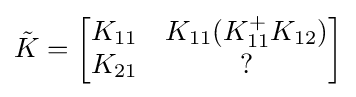
{\textstyle {\tilde {K}}={\begin{bmatrix}K_{11}&K_{11}(K_{11}^{+}K_{12})\\K_{21}&?\end{bmatrix}}}